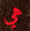
هي